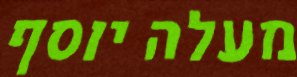
מעלה יוסף